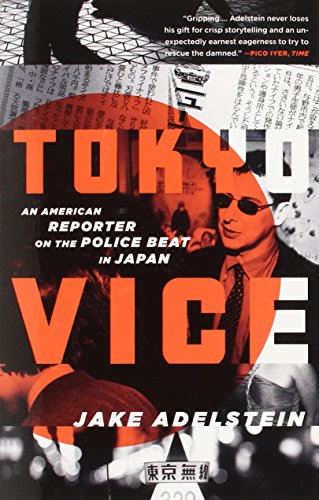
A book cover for Tokyo Vice: An American Reporter on the Police Beat in Japan (Vintage Crime/Black Lizard); Jake Adelstein; Biographies & Memoirs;